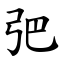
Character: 弝